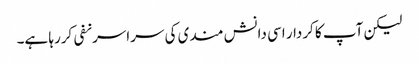
لیکن آپ کا کردار اسی دانش مندی کی سراسرنفی کررہا ہے۔